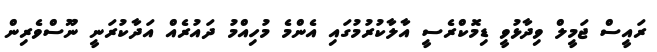
ރައީސް ޖަމީލް ވިދާޅުވީ ޑިމޮކްރެސީ އާލާކުރުމުގައި އެންމެ މުހިއްމުު ދައުރެއް އަދާކުރަނީ ނޫސްވެރިން